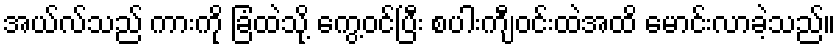
အယ်လ်သည် ကားကို ခြံထဲသို့ ကွေ့ဝင်ပြီး စပါးကျီဝင်းထဲအထိ မောင်းလာခဲ့သည်။